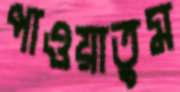
পাওয়াতুম